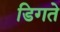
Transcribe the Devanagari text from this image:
डिगते